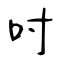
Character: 吋